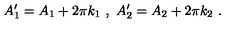
A _ { 1 } ^ { \prime } = A _ { 1 } + 2 \pi k _ { 1 } \ , \ A _ { 2 } ^ { \prime } = A _ { 2 } + 2 \pi k _ { 2 } \ .